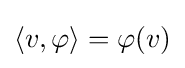
\langle v,\varphi \rangle =\varphi (v)